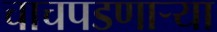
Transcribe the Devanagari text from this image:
चाचपडणार्‍या